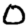
Digit: 0